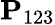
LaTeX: \mathbf P_{123}